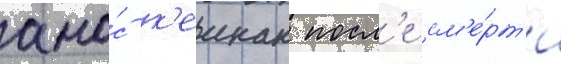
амо́с к'еинан посл'е см'е́рт'и